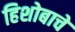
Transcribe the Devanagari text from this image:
हिशोबाचे